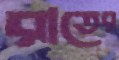
রাতের